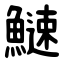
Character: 䲇